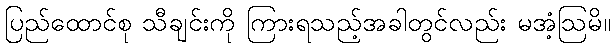
ပြည်ထောင်စု သီချင်းကို ကြားရသည့်အခါတွင်လည်း မအံ့ဩမိ။